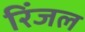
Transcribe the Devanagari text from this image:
रिंजल